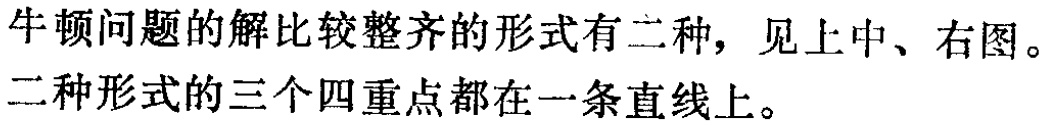
牛顿问题的解比较整齐的形式有二种，见上中、右图。二种形式的三个四重点都在一条直线上。